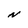
Character: N